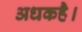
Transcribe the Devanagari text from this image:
अधकहै।